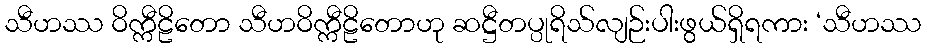
သီဟဿ ဝိက္ကီဠိတော သီဟဝိက္ကီဠိတောဟု ဆဋ္ဌီတပ္ပုရိသ်လျဉ်းပါးဖွယ်ရှိရကား ‘သီဟဿ